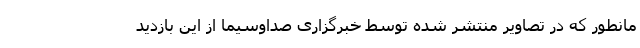
مانطور که در تصاویر منتشر شده توسط خبرگزاری صداوسیما از این بازدید